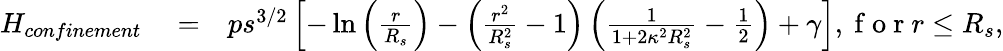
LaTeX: \begin{array}{rlr}{H_{confinement}}&{{}=}&{ps^{3/2}\left[-\ln\left(\frac{r}{R_{s}}\right)-\left(\frac{r^{2}}{R_{s}^{2}}-1\right)\left(\frac{1}{1+2\kappa^{2}R_{s}^{2}}-\frac{1}{2}\right)+\gamma\right],\mathrm{~f~o~r~}r\leq R_{s},}\end{array}